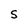
Character: S